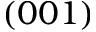
( 0 0 1 )